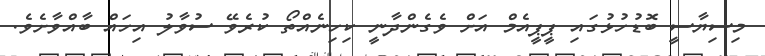
މިސިޔާސީ ބޮޑުހުޅުގައި ޕީޕީއެމް އަށް ވެގެންދާނީ ކިހިނެއްތޯ ކުރެވޭ ސުވާލު އިހައް ބާއްވާށެވެ.